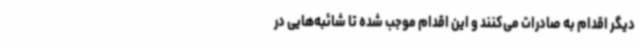
دیگر اقدام به صادرات می‌کنند و این اقدام موجب شده تا شائبه‌هایی در